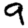
Digit: 9